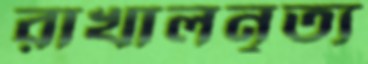
রাখালনৃত্য